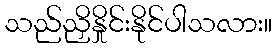
သည်ညှိနှိုင်းနိုင်ပါသလား။